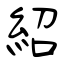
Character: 紹